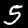
Digit: 5